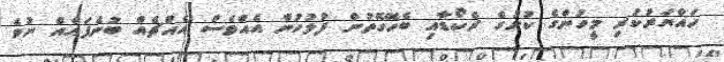
ހައްޔަރުކުރި މީހުންގެ ކުށުގެ ރެކޯޑާއި ބެހޭގޮތުން ފުލުހުން އެއްވެސް އެއްޗެއް ބުނެފައެއް ނުވެ